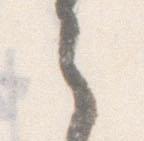
之